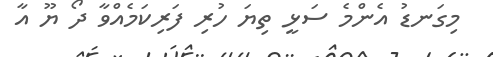
މިގަނޑު އެންމެ ސަޅީ ތިޔަ ހުރި ފަރިކަމެއްވާ ދޯ ޔޫ އާ